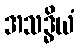
အသဒ္ဓိယံ